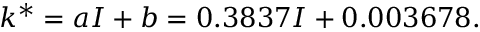
k ^ { * } = a I + b = 0 . 3 8 3 7 I + 0 . 0 0 3 6 7 8 .